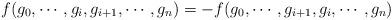
LaTeX: \begin{align*}f(g_0,\cdots,g_i,g_{i+1},\cdots,g_n)=-f(g_0,\cdots,g_{i+1},g_i,\cdots,g_n)\end{align*}